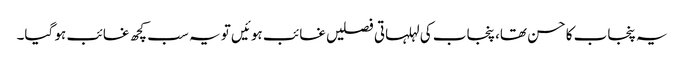
یہ پنجاب کا حسن تھا، پنجاب کی لہلہاتی فصلیں غائب ہوئیں تو یہ سب کچھ غائب ہو گیا۔